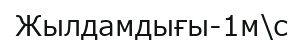
Жылдамдығы-1м\с